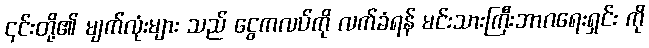
၎င်းတို့၏ မျက်လုံးများ သည် ငွေကလပ်ကို လက်ခံရန် မင်းသားကြီးဘာဂရေးရှင်း ကို